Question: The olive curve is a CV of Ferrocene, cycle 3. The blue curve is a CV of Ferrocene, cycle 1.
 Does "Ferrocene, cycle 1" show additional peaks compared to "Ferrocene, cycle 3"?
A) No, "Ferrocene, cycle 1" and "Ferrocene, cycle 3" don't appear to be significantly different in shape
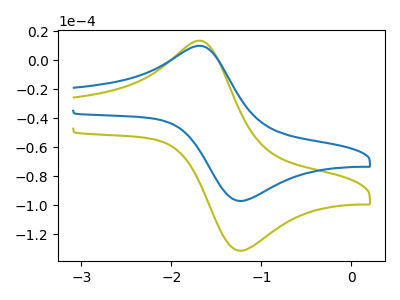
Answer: <think>The olive curve "Ferrocene, cycle 3" has an anodic peak at (-1.65V, 12.80uA) and a cathodic peak at (-1.20V, -131.35uA). The blue curve "Ferrocene, cycle 1" has an anodic peak at (-1.65V, 9.45uA) and a cathodic peak at (-1.20V, -97.05uA).
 All the peaks in "Ferrocene, cycle 1" have a peak in "Ferrocene, cycle 3" at the same potential. Every peak in "Ferrocene, cycle 1" is lower than every peak in "Ferrocene, cycle 3".</think>
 <answer>A) No, "Ferrocene, cycle 1" and "Ferrocene, cycle 3" don't appear to be significantly different in shape</answer>
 <eval>A</eval>